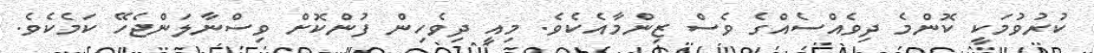
ކުރުވުމަކީ ކޮންމެ ދިވެއްސެއްގެ ވެސް ޒިންމާއެކެވެ. މިއީ ދިވެހިން ފުންކޮށް ވިސްނާލަންޖެހޭ ކަމެކެވެ.